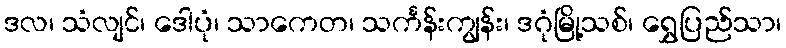
ဒလ၊ သံလျင်၊ ဒေါပုံ၊ သာကေတ၊ သင်္ကန်းကျွန်း၊ ဒဂုံမြို့သစ်၊ ရွှေပြည်သာ၊